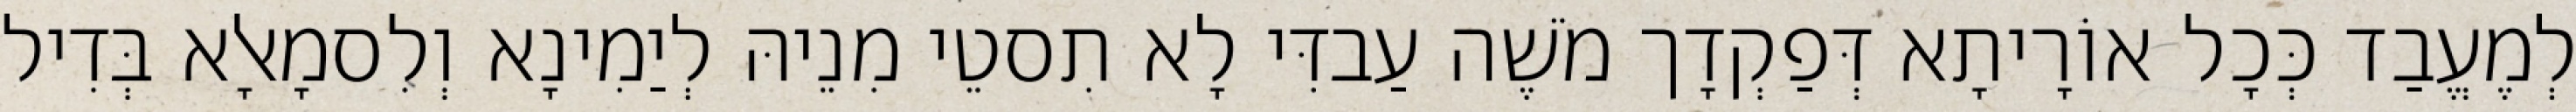
לְמֶעֱבַד כְּכָל אוֹרָיתָא דְּפַקְדָך מֹשֶׁה עַבדִּי לָא תִסטֵי מִנֵיהּ לְיַמִינָא וְלִסמָאלָא בְּדִיל